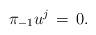
LaTeX: \begin{align*}\pi_{-1}u^j \,=\, 0. \end{align*}